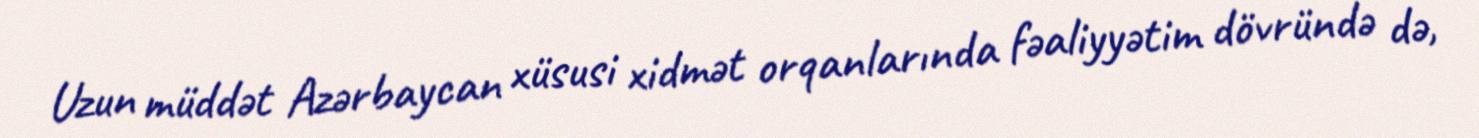
Uzun müddət Azərbaycan xüsusi xidmət orqanlarında fəaliyyətim dövründə də,